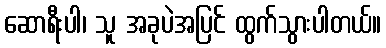
ဆောရီးပါ၊ သူ အခုပဲအပြင် ထွက်သွားပါတယ်။